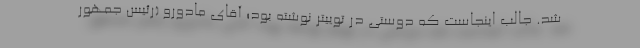
شد. جالب اینجاست که دوستی در توییتر نوشته بود؛ آقای مادورو (رئیس جمهور